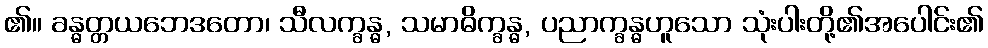
၏။ ခန္ဓတ္တယဘေဒတော၊ သီလက္ခန္ဓ, သမာဓိက္ခန္ဓ, ပညာက္ခန္ဓဟူသော သုံးပါးတို့၏အပေါင်း၏